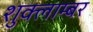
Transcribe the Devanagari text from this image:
शुक्लाम्बर